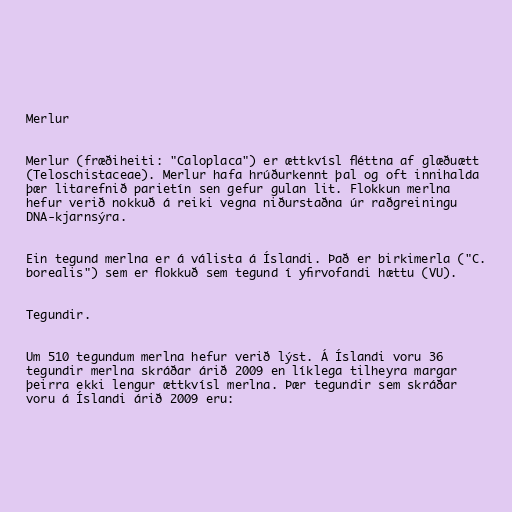
Merlur

Merlur (fræðiheiti: "Caloplaca") er ættkvísl fléttna af glæðuætt
(Teloschistaceae). Merlur hafa hrúðurkennt þal og oft innihalda
þær litarefnið parietín sen gefur gulan lit. Flokkun merlna
hefur verið nokkuð á reiki vegna niðurstaðna úr raðgreiningu
DNA-kjarnsýra.

Ein tegund merlna er á válista á Íslandi. Það er birkimerla ("C.
borealis") sem er flokkuð sem tegund í yfirvofandi hættu (VU).

Tegundir.

Um 510 tegundum merlna hefur verið lýst. Á Íslandi voru 36
tegundir merlna skráðar árið 2009 en líklega tilheyra margar
þeirra ekki lengur ættkvísl merlna. Þær tegundir sem skráðar
voru á Íslandi árið 2009 eru: